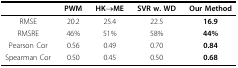
<table><thead><tr><td></td><td><b>PWM</b></td><td><b>HK<i>→</i>ME</b></td><td><b>SVR w. WD</b></td><td><b>Our Method</b></td></tr></thead><tbody><tr><td>RMSE</td><td>20.2</td><td>25.4</td><td>22.5</td><td><b>16.9</b></td></tr><tr><td>RMSRE</td><td>46%</td><td>51%</td><td>58%</td><td><b>44%</b></td></tr><tr><td>Pearson Cor</td><td>0.56</td><td>0.49</td><td>0.70</td><td><b>0.84</b></td></tr><tr><td>Spearman Cor</td><td>0.50</td><td>0.45</td><td>0.50</td><td><b>0.68</b></td></tr></tbody></table>